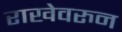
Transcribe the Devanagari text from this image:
राखेवरुन